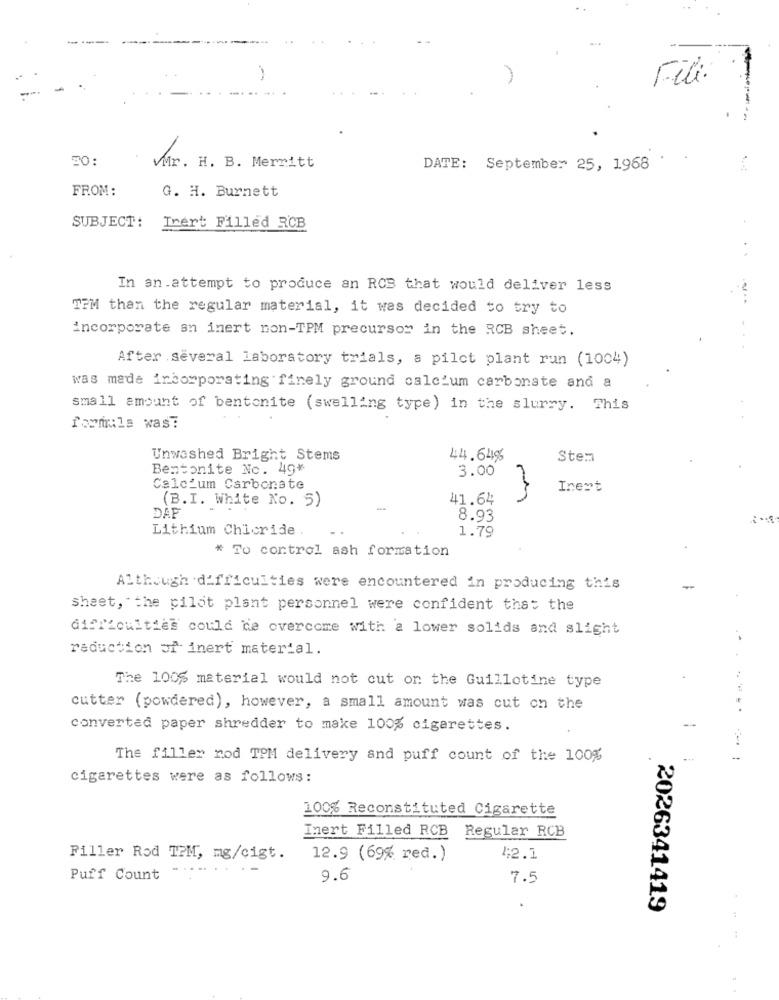
Fili.
30:
Mr. H. B. Merritt
DATE: September 25, 1968
FROM:
G. H. Burnett
SUBJECT:
Inert Filled RCB
In an attempt to produce an RCB that would deliver less
TPM than the regular material, it was decided to try to
incorporate an inert non-TPM precursor in the RCB sheet.
After several laboratory trials, a pilot plant run (1004)
was made incorporating finely ground calcium carbonate and a
small amount of bentonite ( swelling type) in the slurry. This
formule was:
Unwashed Bright Stems
44.64%
Stem
Bentonite No. 49*
3.00
Calcium Carbonate
Inert
41.64
(B.I. White No. 5)
DAF
8.93
Lithium Chicride
1.79
* To control ash formation
Although difficulties were encountered in producing this
sheet, the pilot plant personnel were confident that the
difficulties could de overcome with a lower solids and slight
reduction of inert material.
The 100% material would not cut on the Guillotine type
cutter (powdered), however, a small amount was cut on the
-
converted paper shredder to make 100% cigarettes.
The filler rod TPM delivery and puff count of the 100%
cigarettes were as follows:
100% Reconstituted Cigarette
Inert Filled RCB Regular RCB
Filler Rod TPM, mg/cigt.
12.9 (69% red.)
42.1
...... .-
Puff Count
9.6
7.5
2026341419